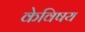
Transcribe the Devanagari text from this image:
केविषय